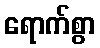
ရောက်စွာ